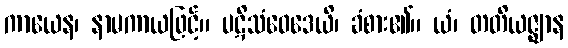
ကာယေန၊ နာမကာယဖြင့်။ ပဋိသံဝေဒေယိ၊ ခံစား၏။ ယံ၊ တတိယဇ္ဈာန